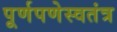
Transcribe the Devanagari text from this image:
पूर्णपणेस्वतंत्र